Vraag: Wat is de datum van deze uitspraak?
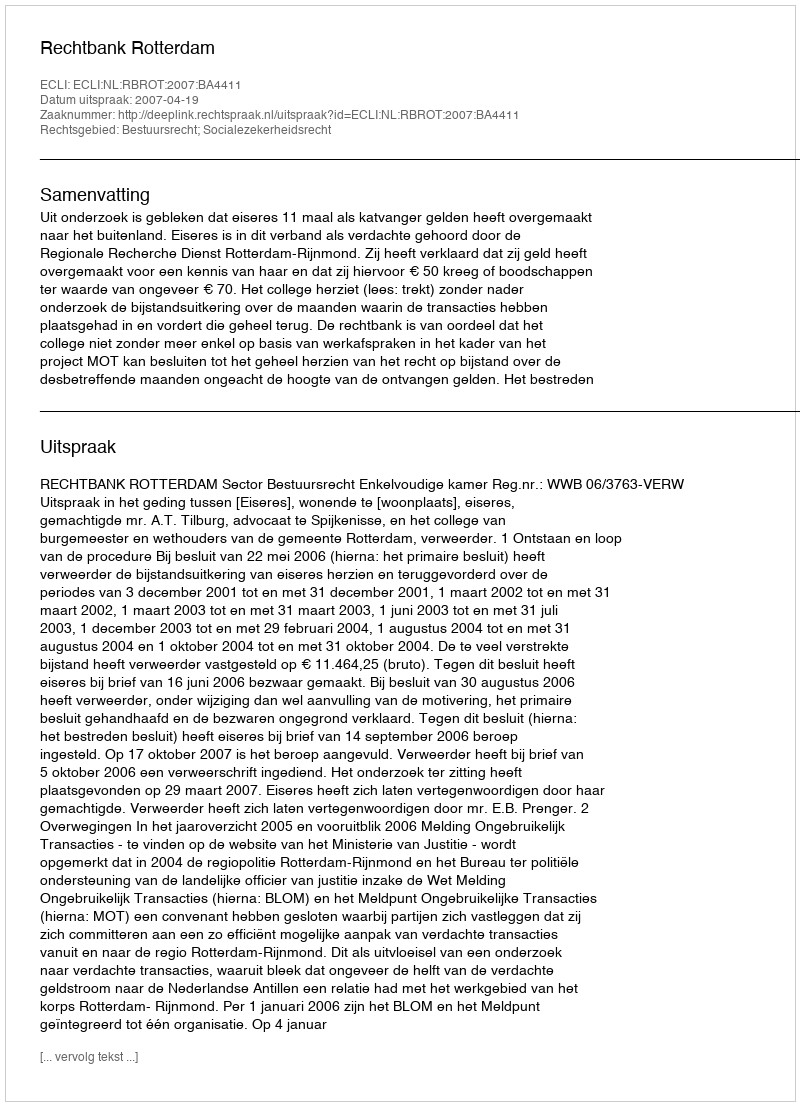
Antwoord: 2007-04-19